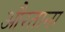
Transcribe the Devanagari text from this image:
औरताना